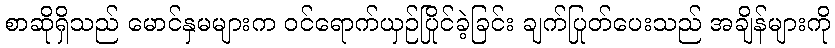
စာဆိုရှိသည် မောင်နှမများက ဝင်ရောက်ယှဉ်ပြိုင်ခဲ့ခြင်း ချက်ပြုတ်ပေးသည် အချိန်များကို